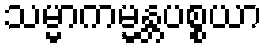
သမ္မာကမ္မန္တပစ္စယာ